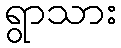
ရွာသား